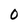
Character: 0